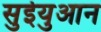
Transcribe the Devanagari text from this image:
सुईयुआन